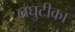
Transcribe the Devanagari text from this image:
लघुटीका